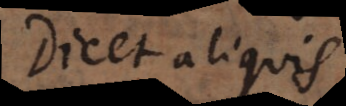
Dicet aliquis